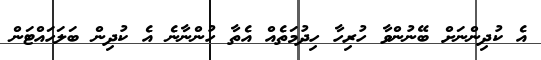
އެ ކުދިންނަށް ބޭނުންވާ ހުރިހާ ހިދުމަތެއް އެތާ ހުންނާނެ އެ ކުދިން ބަލަހައްޓަން